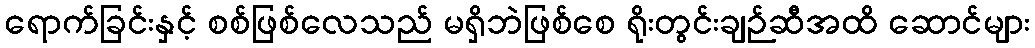
ရောက်ခြင်းနှင့် စစ်ဖြစ်လေသည် မရှိဘဲဖြစ်စေ ရိုးတွင်းချဉ်ဆီအထိ ဆောင်များ